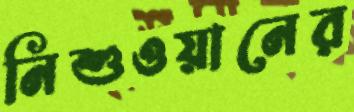
নিশুওয়ানের